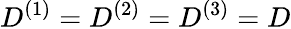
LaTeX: D^{(1)}=D^{(2)}=D^{(3)}=D